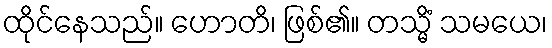
ထိုင်နေသည်။ ဟောတိ၊ ဖြစ်၏။ တသ္မိံ သမယေ၊